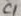
Text: C1